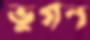
ভুগন